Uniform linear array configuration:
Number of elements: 12
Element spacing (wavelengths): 0.5
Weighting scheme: uniform
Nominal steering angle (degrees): -60
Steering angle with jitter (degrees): -58.477
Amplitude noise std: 0.05
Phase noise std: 0.05

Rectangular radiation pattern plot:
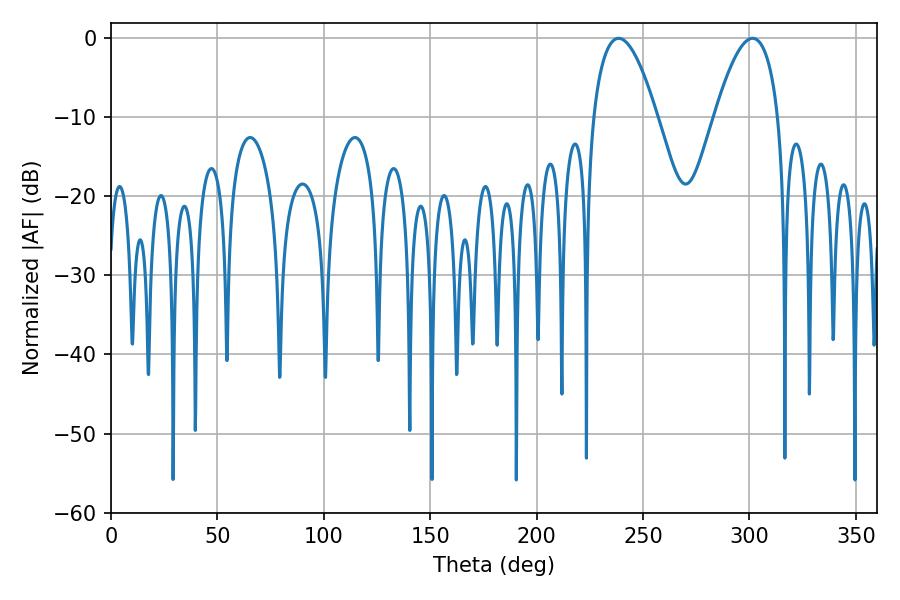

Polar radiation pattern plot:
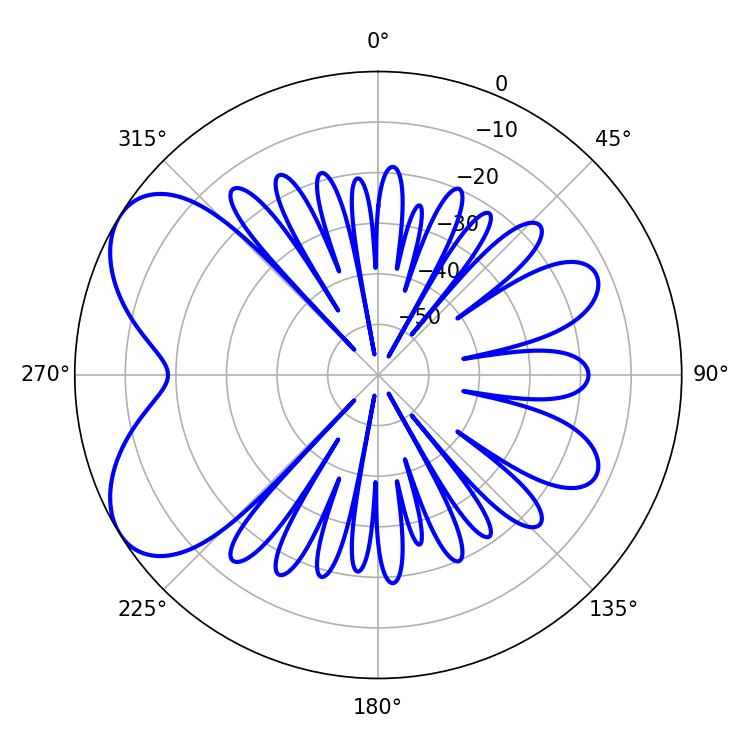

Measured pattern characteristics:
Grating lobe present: FALSE
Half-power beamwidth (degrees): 16.56
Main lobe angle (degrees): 238.5